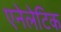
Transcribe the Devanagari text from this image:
एनेलेटिक